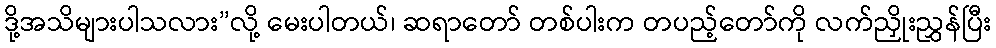
ဒို့အသိများပါသလား”လို့ မေးပါတယ်၊ ဆရာတော် တစ်ပါးက တပည့်တော်ကို လက်ညှိုးညွှန်ပြီး